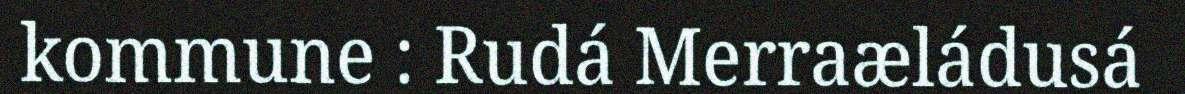
kommune : Rudá Merraæládusá